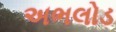
અભલોડ